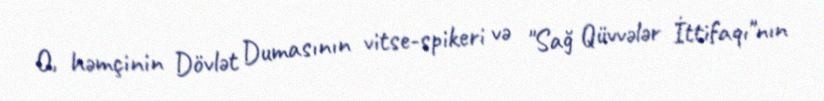
O, həmçinin Dövlət Dumasının vitse-spikeri və "Sağ Qüvvələr İttifaqı"nın